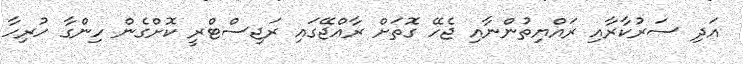
އަދި ސަރުކާރާއި ރައްޔިތުންނާއި ޖެހޭ ގޮތަށް ރާއްޖޭގައި ރަޖިސްޓްރީ ކޮށްގެން ހިންގާ ހުރިހާ